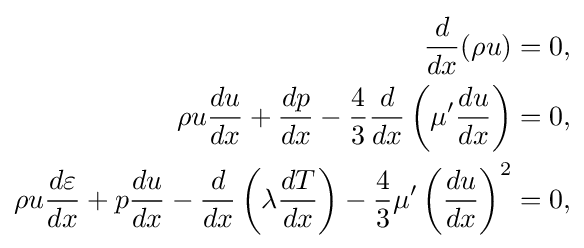
{\begin{aligned}{\frac {d}{dx}}(\rho u)&=0,\\\rho u{\frac {du}{dx}}+{\frac {dp}{dx}}-{\frac {4}{3}}{\frac {d}{dx}}\left(\mu '{\frac {du}{dx}}\right)&=0,\\\rho u{\frac {d\varepsilon }{dx}}+p{\frac {du}{dx}}-{\frac {d}{dx}}\left(\lambda {\frac {dT}{dx}}\right)-{\frac {4}{3}}\mu '\left({\frac {du}{dx}}\right)^{2}&=0,\end{aligned}}